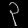
Digit: ၃